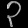
Digit: ၃